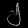
Digit: ၂